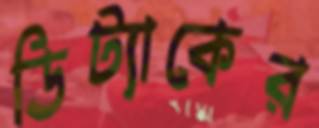
ডিট্যাকের